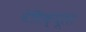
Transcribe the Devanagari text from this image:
वेसिक्यूलर